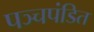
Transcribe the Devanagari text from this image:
पञ्चपंडित